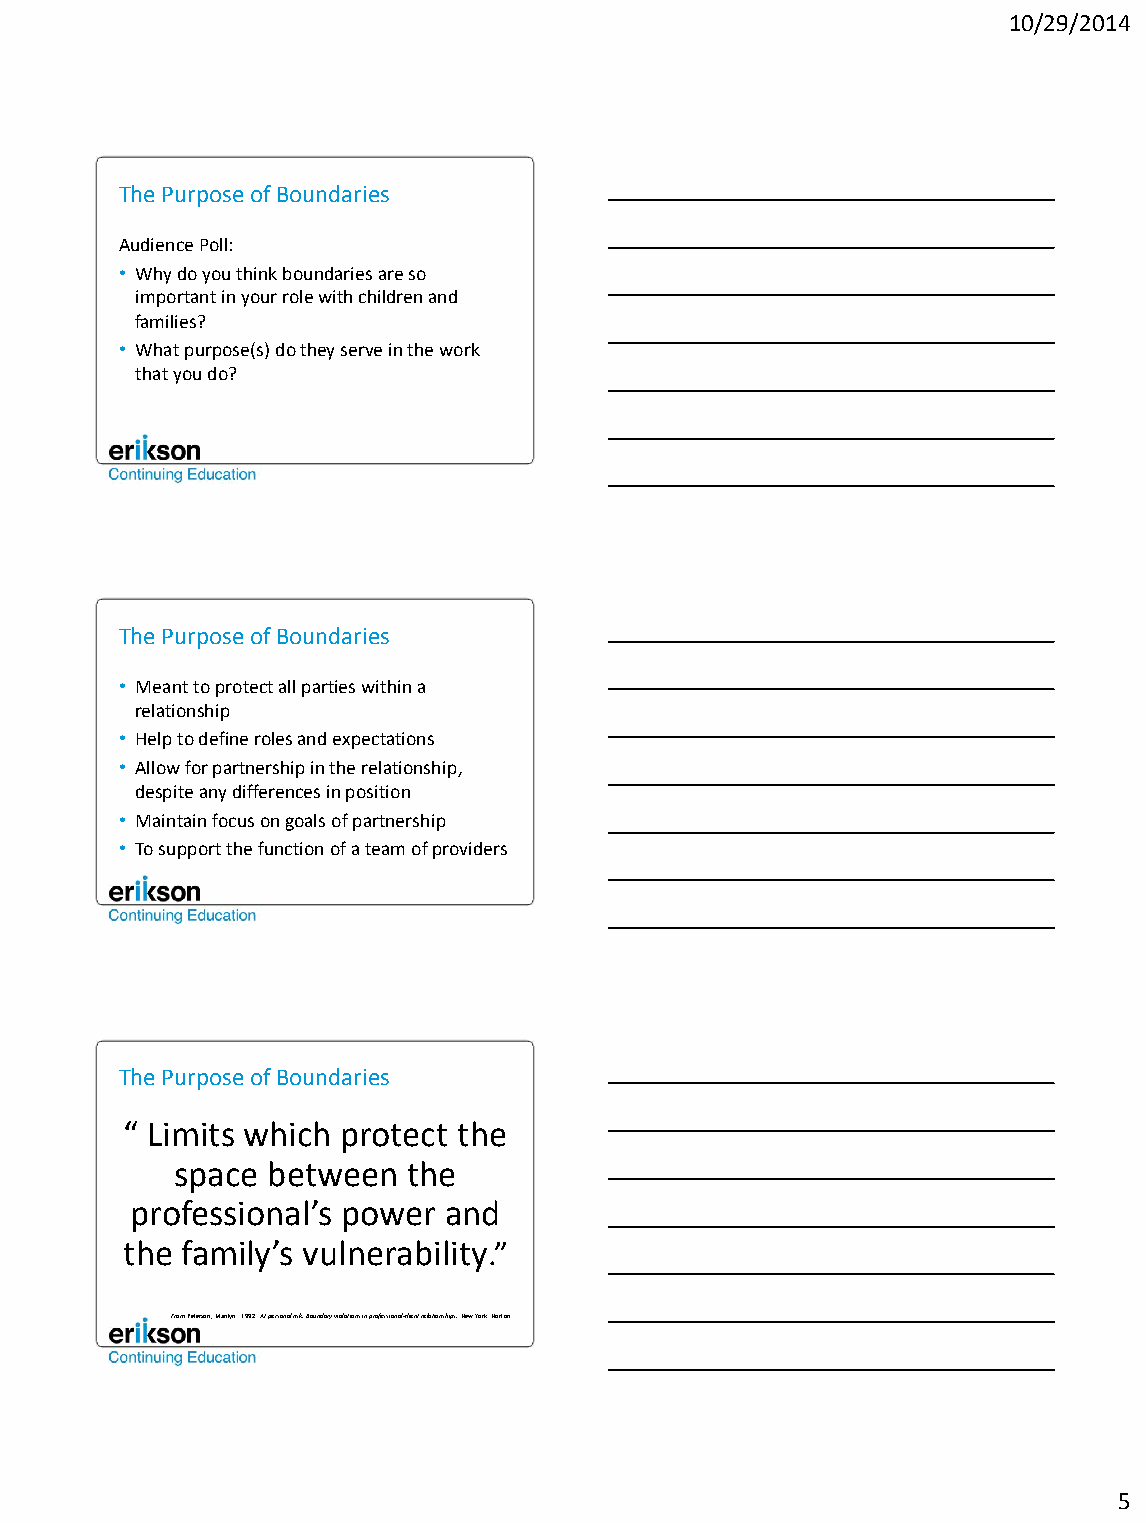
10/29/2014
 The Purpose of Boundaries
 Audience Poll:
 • Why do you think boundaries are so
 important in your role with children and
 families?
 • What purpose(s) do they serve in the work
 that you do?
 The Purpose of Boundaries
 • Meant to protect all parties within a
 relationship
 • Help to define roles and expectations
 • Allow for partnership in the relationship,
 despite any differences in position
 • Maintain focus on goals of partnership
 • To support the function of a team of providers
 The Purpose of Boundaries
 “ Limits which protect the
 space between  the
 professional’s power and
 the family’s vulnerability.”
 From Peterson, Marilyn. 1992. At personal risk: Boundary violations in professional-client relationships. New York: Norton.
 5